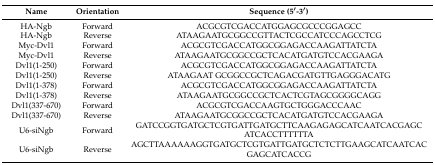
| Name | Orientation | Sequence (5′-3′) |
 | --- | --- | --- |
 | HA-Ngb | Forward | ACGCGTCGACCATGGAGCGCCCGGAGCC |
 | HA-Ngb | Reverse | ATAAGAATGCGGCCGTTACTCGCCATCCCAGCCTCG |
 | Myc-Dvl1 | Forward | ACGCGTCGACCATGGCGGAGACCAAGATTATCTA |
 | Myc-Dvl1 | Reverse | ATAAGAATGCGGCCGCTCACATGATGTCCACGAAGA |
 | Dvl1(1-250) | Forward | ACGCGTCGACCATGGCGGAGACCAAGATTATCTA |
 | Dvl1(1-250) | Reverse | ATAAGAAT GCGGCCGCTCAGACGATGTTGAGGGACATG |
 | Dvl1(1-378) | Forward | ACGCGTCGACCATGGCGGAGACCAAGATTATCTA |
 | Dvl1(1-378) | Reverse | ATAAGAATGCGGCCGCTCACTCGTAGCGGGGCAGG |
 | Dvl1(337-670) | Forward | ACGCGTCGACCAAGTGCTGGGACCCAAC |
 | Dvl1(337-670) | Reverse | ATAAGAATGCGGCCGCTCACATGATGTCCACGAAGA |
 | U6-siNgb | Forward | GATCCGGTGATGCTCGTGATTGATGCTTCAAGAGAGCATCAATCACGAGCATCACCTTTTTTA |
 | U6-siNgb | Reverse | AGCTTAAAAAAGGTGATGCTCGTGATTGATGCTCTCTTGAAGCATCAATCACGAGCATCACCG |